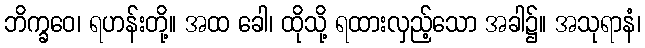
ဘိက္ခဝေ၊ ရဟန်းတို့။ အထ ခေါ၊ ထိုသို့ ရထားလှည့်သော အခါ၌။ အသုရာနံ၊